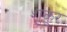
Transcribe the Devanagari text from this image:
शुकूर